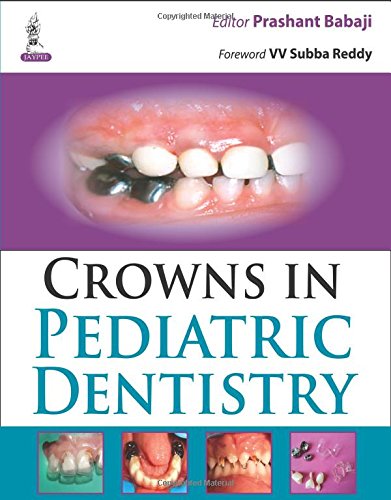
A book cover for Crowns in Pediatric Dentistry; Medical Books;